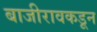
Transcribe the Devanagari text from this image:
बाजीरावकडून